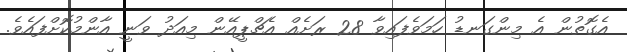
އެގޮތުން އެ މިންގަނޑު ހަމަވެފައިވާ 28 ރަށެއް އެޗްޕީއޭން މިއަދު ވަނީ އާންމުކޮށްފައެވެ.